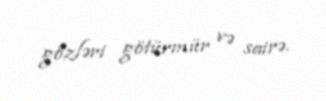
gözləri götürmür və sairə.